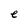
Character: e